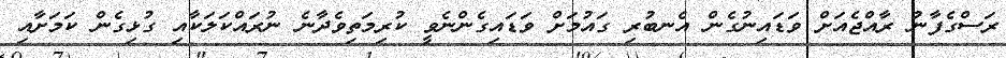
ރަސްގެފާނު ރާއްޖެއަށް ވަޑައިނުގެން އެނބުރި ގައުމަށް ވަޑައިގެންނެވީ ކުރިމަތިވެދާނެ ނުރައްކަލަކާއި ގުޅިގެން ކަމަށާއި